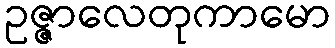
ဥဇ္ဇာလေတုကာမော